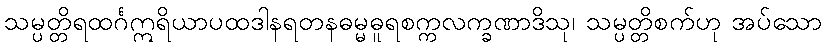
သမ္ပတ္တိရထင်္ဂဣရိယာပထဒါနရတနဓမ္မဓူရစက္ကလက္ခဏာဒိသု၊ သမ္ပတ္တိစက်ဟု အပ်သော